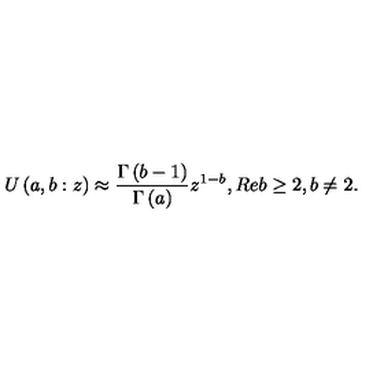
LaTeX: U \left( a , b : z \right) \approx \frac { \Gamma \left( b - 1 \right) } { \Gamma \left( a \right) } z ^ { 1 - b } , R e b \geq 2 , b \neq 2 .